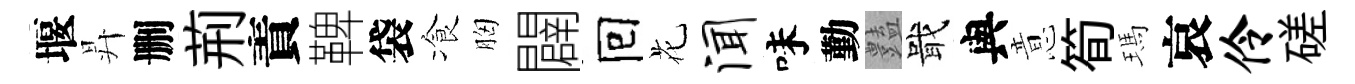
堰昇删荊責鞞袋飡胸闢囘花闻味勤𧰟戢與意筍瑪哀伶磋